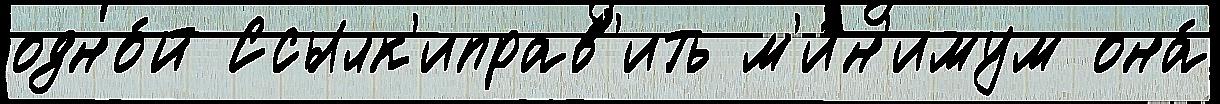
одно́й Ссылк'иправ'ить м'и́н'имум она́